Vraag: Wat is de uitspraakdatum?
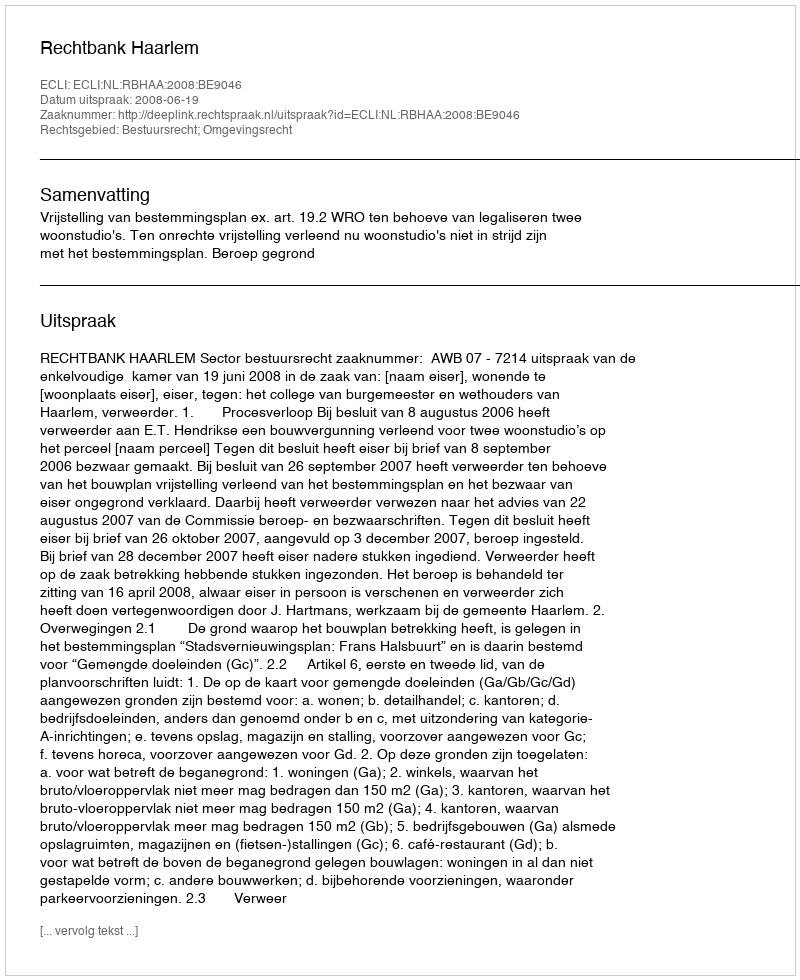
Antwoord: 2008-06-19